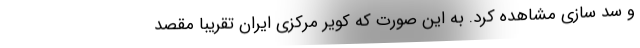
و سد سازی مشاهده کرد. به این صورت که کویر مرکزی ایران تقریباً مقصد